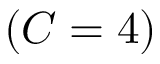
\left( C = 4 \right)